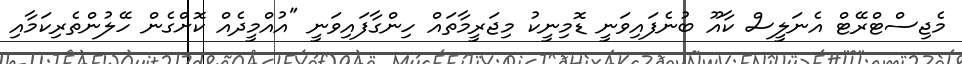
މެޖިސްޓްރޭޓް އެނަލީސް ކާއޫ ބުނެފައިވަނީ ޑޮމިނީކު މިޖަރީމާތައް ހިންގާފައިވަނީ "އުއްމީދެއް ކޮށްގެން ހޭލުންތެރިކަމާއި